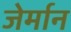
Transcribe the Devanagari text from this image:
जेर्मान